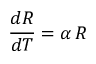
{ \frac { d R } { d T } } = \alpha \, R